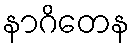
နာဂိတေန